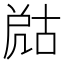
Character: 𡲞